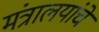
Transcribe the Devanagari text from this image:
मंत्रालयांचे